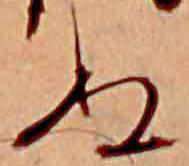
ぬ